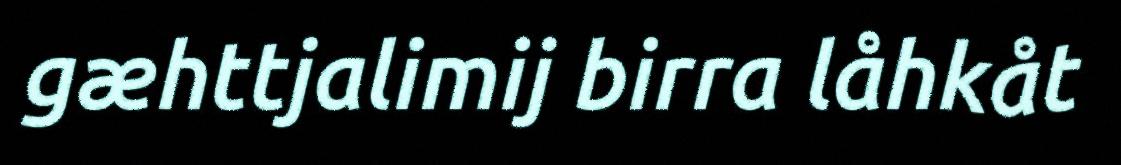
gæhttjalimij birra låhkåt